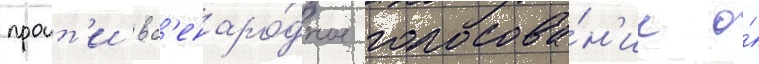
проит'и вс'енаро́дное голосова́н'ие о́